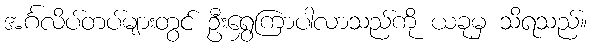
အင်္ဂလိပ်တပ်များတွင် ဦးရွှေကြာပါလာသည်ကို ယခုမှ သိရသည်။